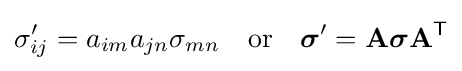
\sigma '_{ij}=a_{im}a_{jn}\sigma _{mn}\quad {\text{or}}\quad {\boldsymbol {\sigma }}'=\mathbf {A} {\boldsymbol {\sigma }}\mathbf {A} ^{\textsf {T}}